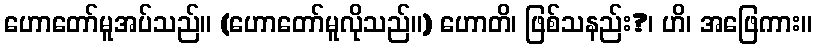
ဟောတော်မူအပ်သည်။ (ဟောတော်မူလိုသည်။) ဟောတိ၊ ဖြစ်သနည်း?၊ ဟိ၊ အဖြေကား။